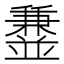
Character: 𫡁